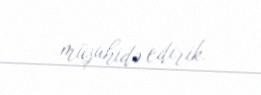
müşahidə edirik.